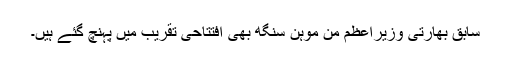
سابق بھارتی وزیراعظم من موہن سنگھ بھی افتتاحی تقریب میں پہنچ گئے ہیں۔